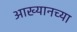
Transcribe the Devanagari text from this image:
आख्यानच्या